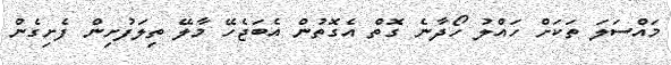
މައްސަލަ ތަކަށް ހައްލު ހޯދާނެ ގޮތް އެގޮތުން އެބަޖެހޭ މާލޭ ތިލަފުށިން ފެށިގެން